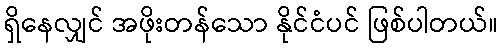
ရှိနေလျှင် အဖိုးတန်သော နိုင်ငံပင် ဖြစ်ပါတယ်။